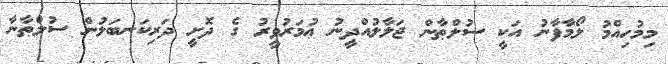
މިމުހިއްމު ލޯމާފާނު އަކީ ސުލްޠާން ޖަލާލުއްދީނު ޢުމަރުވީރު ގެ ދޮށީ ދަރިކަނބަލުން ސުލްޠާނާ